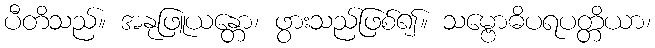
ပီတိသည်။ အနုဖြူယန္တော၊ ဖွားသည်ဖြစ်၍။ သမ္ဗောဓိပရပတ္တိယာ၊